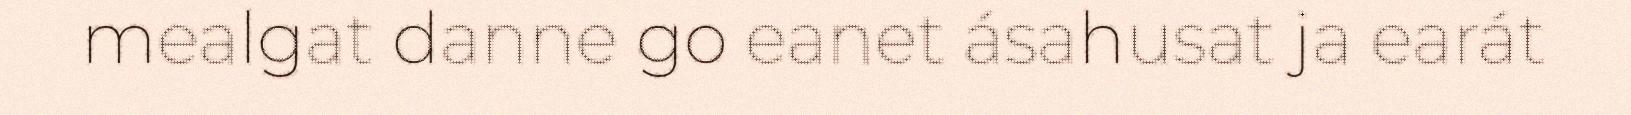
mealgat danne go eanet ásahusat ja earát